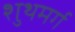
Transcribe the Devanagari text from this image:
शुथमर्ग